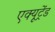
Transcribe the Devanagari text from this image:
एक्यूट्रेंड